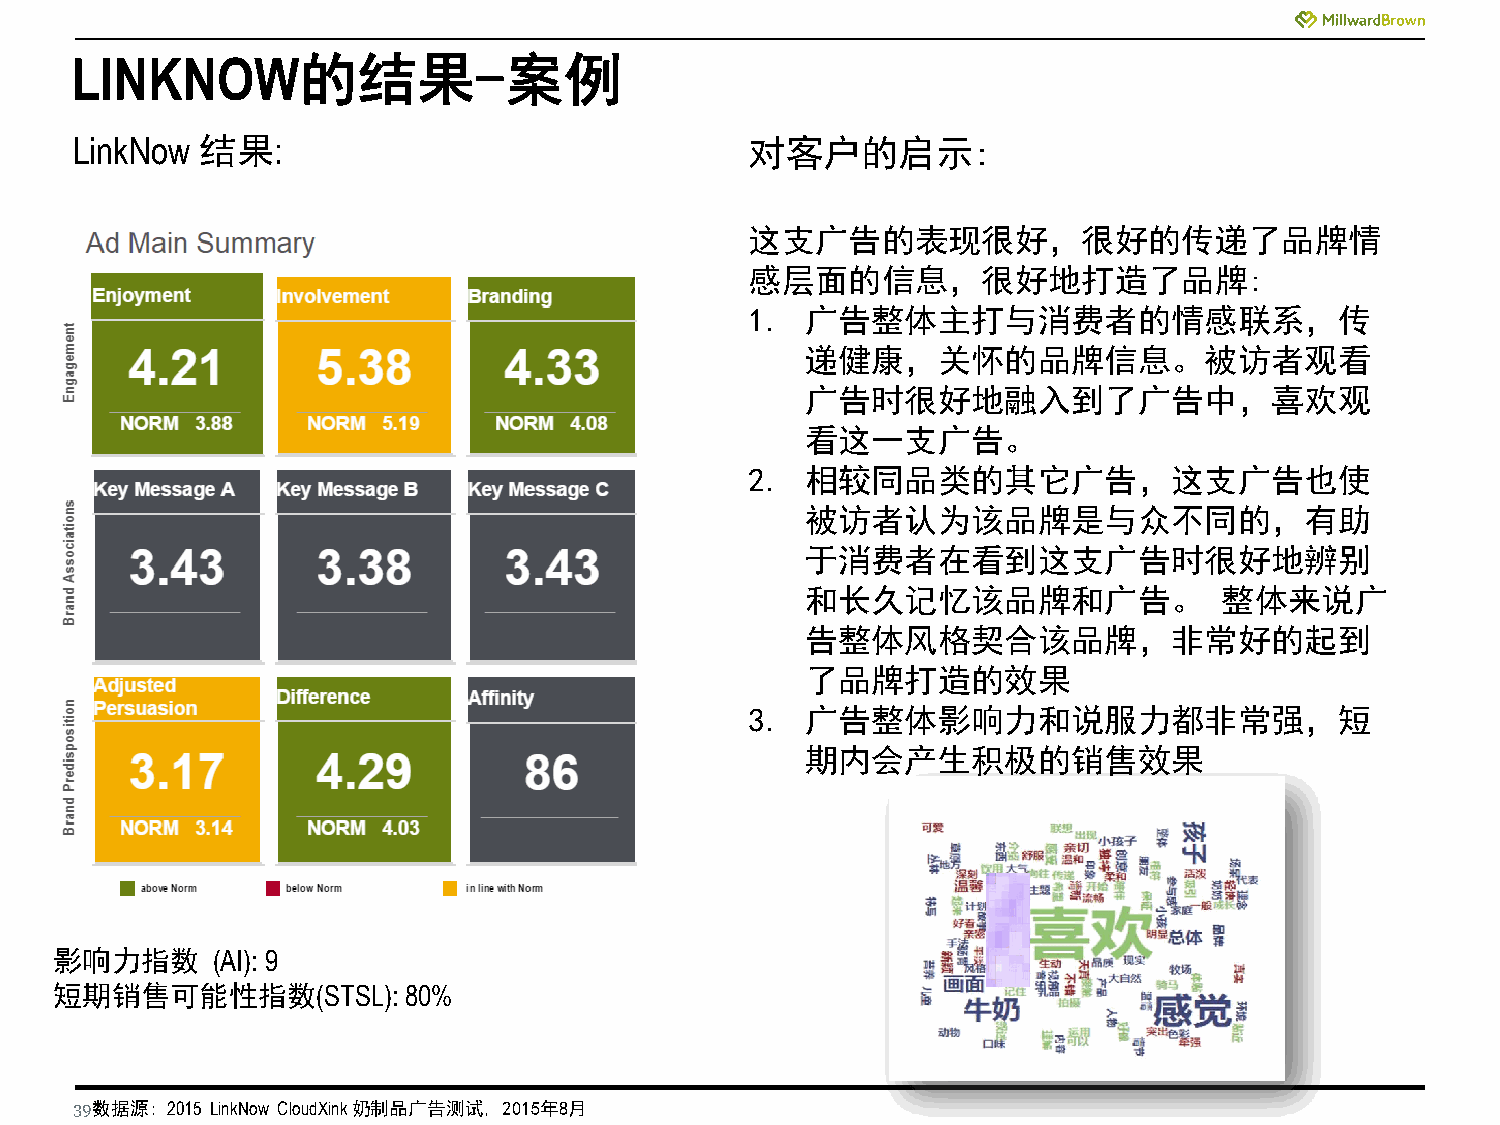
LINKNOW的结果-案例
 LinkNow 结果:                                  对客户的启示:
 这支广告的表现很好，很好的传递了品牌情
 感层面的信息，很好地打造了品牌:
 1. 广告整体主打与消费者的情感联系，传
 递健康，关怀的品牌信息。被访者观看
 广告时很好地融入到了广告中，喜欢观
 看这一支广告。
 2. 相较同品类的其它广告，这支广告也使
 被访者认为该品牌是与众不同的，有助
 于消费者在看到这支广告时很好地辨别
 和长久记忆该品牌和广告。                整体来说广
 告整体风格契合该品牌，非常好的起到
 了品牌打造的效果
 3. 广告整体影响力和说服力都非常强，短
 期内会产生积极的销售效果
 影响力指数      (AI): 9
 短期销售可能性指数(STSL):        80%
 39 数据源: 2015 LinkNow CloudXink 奶制品广告测试, 2015年8月